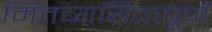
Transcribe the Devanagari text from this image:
मितव्ययितापूर्ण